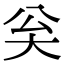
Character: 𡗳